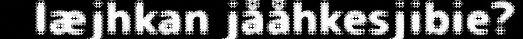
læjhkan jååhkesjibie?